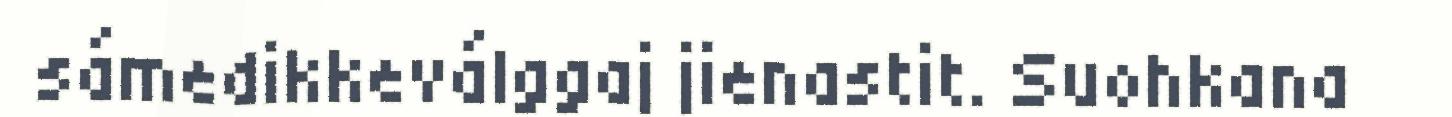
sámedikkeválggaj jienastit. Suohkana